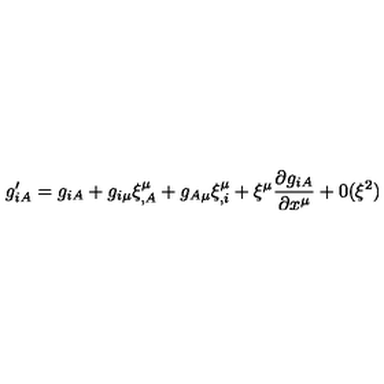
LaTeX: g _ { i A } ^ { \prime } = g _ { i A } + g _ { i \mu } \xi _ { , A } ^ { \mu } + g _ { A \mu } \xi _ { , i } ^ { \mu } + \xi ^ { \mu } \frac { \partial g _ { i A } } { \partial x ^ { \mu } } + 0 ( \xi ^ { 2 } )